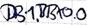
Text: DB1.DBX0.0